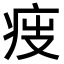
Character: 𤵟